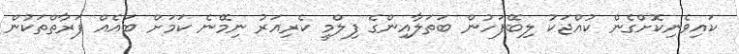
ކައިވެނިކޮށްގެން ކުއްޖަކު ލިބޭފަހުން ބަތަލާއިންގެ ފިލްމީ ކެރިއަރު ނިމޭނެ ކަމަށް ބައެއް ފަރާތްތަކުން